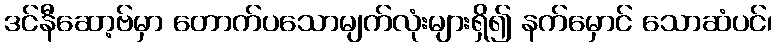
ဒင်နီဆော့ဗ်မှာ တောက်ပသောမျက်လုံးများရှိ၍ နက်မှောင် သောဆံပင်၊